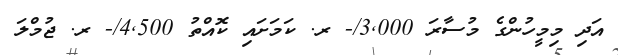
އަދި މިމީހުންގެ މުސާރަ 3